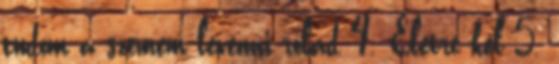
tudom a szemem levenni rólad 4. Életre kel 5.